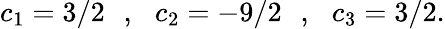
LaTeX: c_{1}=3/2\: \: \: ,\: \: \: c_{2}=-9/2\: \: \: ,\: \: \: c_{3}=3/2.